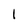
Character: 1